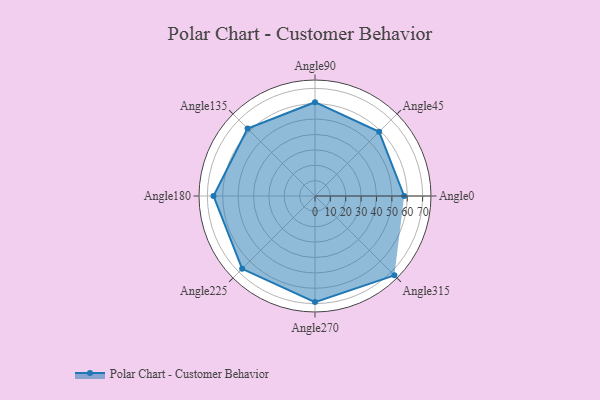
{"axis": {"x": "Angle", "y": "Radius"}, "legend": [""], "data": [{"x": "Angle0", "y": 58.0, "type": ""}, {"x": "Angle45", "y": 59.0, "type": ""}, {"x": "Angle90", "y": 61.0, "type": ""}, {"x": "Angle135", "y": 62.0, "type": ""}, {"x": "Angle180", "y": 66.0, "type": ""}, {"x": "Angle225", "y": 67.0, "type": ""}, {"x": "Angle270", "y": 69.0, "type": ""}, {"x": "Angle315", "y": 73.0, "type": ""}]}